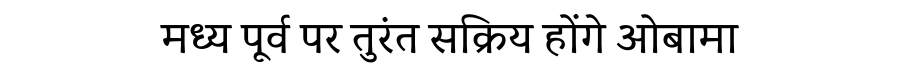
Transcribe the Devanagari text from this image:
मध्य पूर्व पर तुरंत सक्रिय होंगे ओबामा